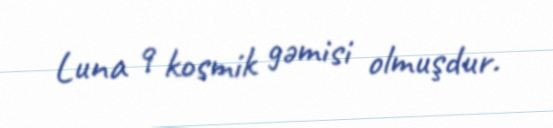
Luna 9 kosmik gəmisi olmuşdur.